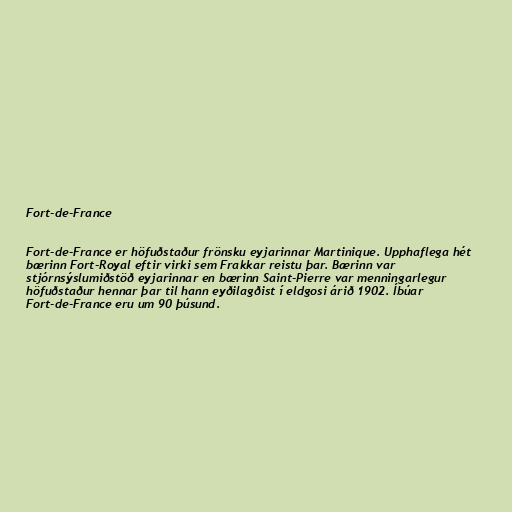
Fort-de-France

Fort-de-France er höfuðstaður frönsku eyjarinnar Martinique. Upphaflega hét
bærinn Fort-Royal eftir virki sem Frakkar reistu þar. Bærinn var
stjórnsýslumiðstöð eyjarinnar en bærinn Saint-Pierre var menningarlegur
höfuðstaður hennar þar til hann eyðilagðist í eldgosi árið 1902. Íbúar
Fort-de-France eru um 90 þúsund.